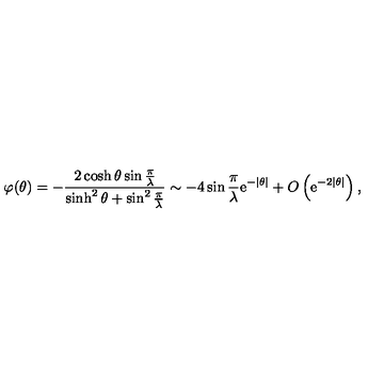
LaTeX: \varphi ( \theta ) = - \frac { 2 \cosh \theta \sin \frac { \pi } { \lambda } } { \sinh ^ { 2 } \theta + \sin ^ { 2 } \frac { \pi } { \lambda } } \sim - 4 \sin \frac { \pi } { \lambda } \mathrm { e } ^ { - \left| \theta \right| } + O \left( \mathrm { e } ^ { - 2 \left| \theta \right| } \right) ,